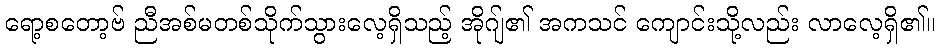
ရော့စတော့ဗ် ညီအစ်မတစ်သိုက်သွားလေ့ရှိသည့် အိုဂျ်၏ အကသင် ကျောင်းသို့လည်း လာလေ့ရှိ၏။